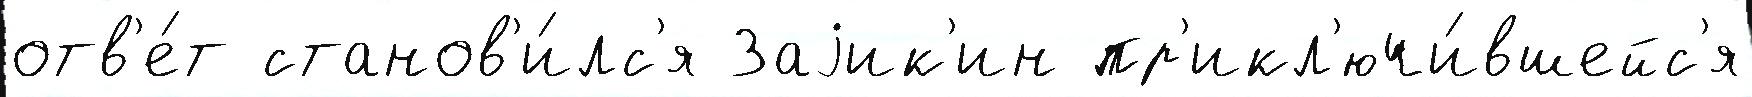
отв'е́т станов'и́лс'я Заjик'ин пр'икл'ючи́вшейс'я